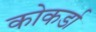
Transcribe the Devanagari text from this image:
कोकर्डा